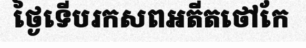
ថ្ងៃទើបរកសពអតីតថៅកែ